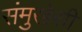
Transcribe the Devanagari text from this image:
संमुखेसी